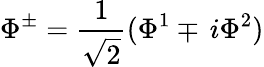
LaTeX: \Phi^{\pm}=\frac{1}{\sqrt{2}}(\Phi^{1}\mp\, i\Phi^{2})